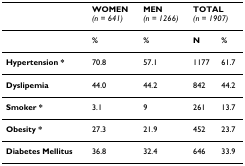
<table><thead><tr><td></td><td><b>WOMEN<i>(n = 641)</i></b></td><td><b>MEN<i>(n = 1266)</i></b></td><td colspan="2"><b>TOTAL<i>(n = 1907)</i></b></td></tr></thead><tbody><tr><td></td><td><b>%</b></td><td><b>%</b></td><td><b>N</b></td><td><b>%</b></td></tr><tr><td><b>Hypertension *</b></td><td>70.8</td><td>57.1</td><td>1177</td><td>61.7</td></tr><tr><td><b>Dyslipemia</b></td><td>44.0</td><td>44.2</td><td>842</td><td>44.2</td></tr><tr><td><b>Smoker *</b></td><td>3.1</td><td>9</td><td>261</td><td>13.7</td></tr><tr><td><b>Obesity *</b></td><td>27.3</td><td>21.9</td><td>452</td><td>23.7</td></tr><tr><td><b>Diabetes Mellitus</b></td><td>36.8</td><td>32.4</td><td>646</td><td>33.9</td></tr></tbody></table>